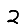
Digit: 2